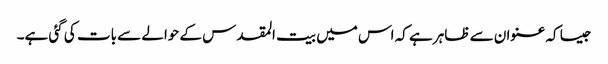
جیسا کہ عنوان سے ظاہر ہے کہ اس میں بیت المقدس کے حوالے سے بات کی گئی ہے۔